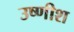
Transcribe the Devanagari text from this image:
उष्णीश